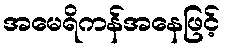
အမေရိကန်အနေဖြင့်